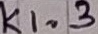
Text: K1.3